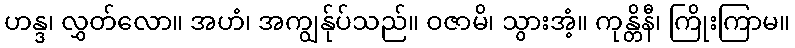
ဟန္ဒ၊ လွှတ်လော။ အဟံ၊ အကျွန်ုပ်သည်။ ဝဇာမိ၊ သွားအံ့။ ကုန္တိနီ၊ ကြိုးကြာမ။